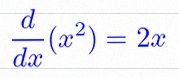
\frac{d}{dx}(x^2)=2x